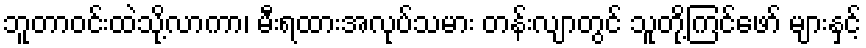
ဘူတာဝင်းထဲသို့လာကာ၊ မီးရထားအလုပ်သမား တန်းလျာတွင် သူတို့ကြင်ဖော် များနှင့်